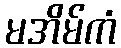
မအိမ်ကံ